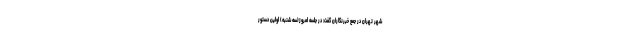
شهر تهران در جمع خبرنگاران گفت: در جلسه امروز(سه شنبه) اولین دستور